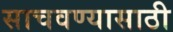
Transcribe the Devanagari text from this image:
साचवण्यासाठी